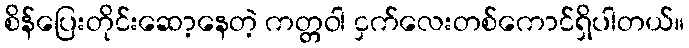
စိန်ပြေးတိုင်းဆော့နေတဲ့ ကတ္တဝါ ငှက်လေးတစ်ကောင်ရှိပါတယ်။